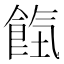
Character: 𩛹